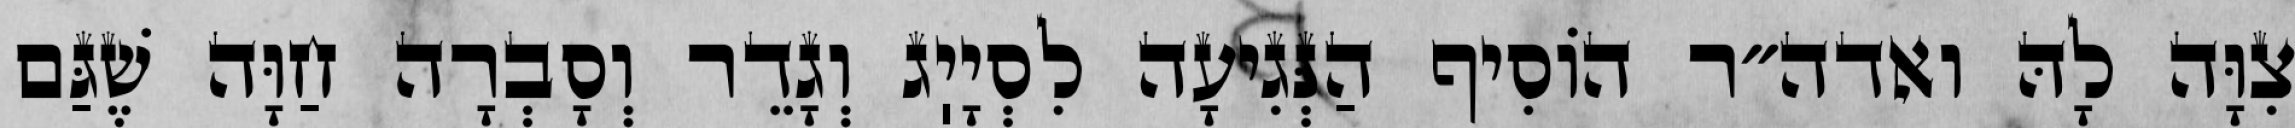
צִוָּה לָהּ ואדה״ר הוֹסִיף הַנְּגִיעָה לִסְיָיֽג וְגָדֵר וְסָבְרָה חַוָּה שֶׁגַּם